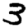
Digit: 3